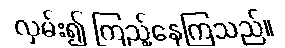
လှမ်း၍ ကြည့်နေကြသည်။